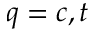
q = c , t